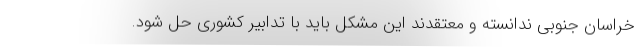
خراسان جنوبی ندانسته و معتقدند این مشکل باید با تدابیر کشوری حل شود.